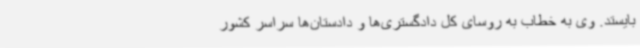
بایستد. وی به خطاب به روسای کل دادگستری‌ها و دادستان‌ها سراسر کشور